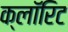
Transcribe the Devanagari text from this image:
क्लॉरिट